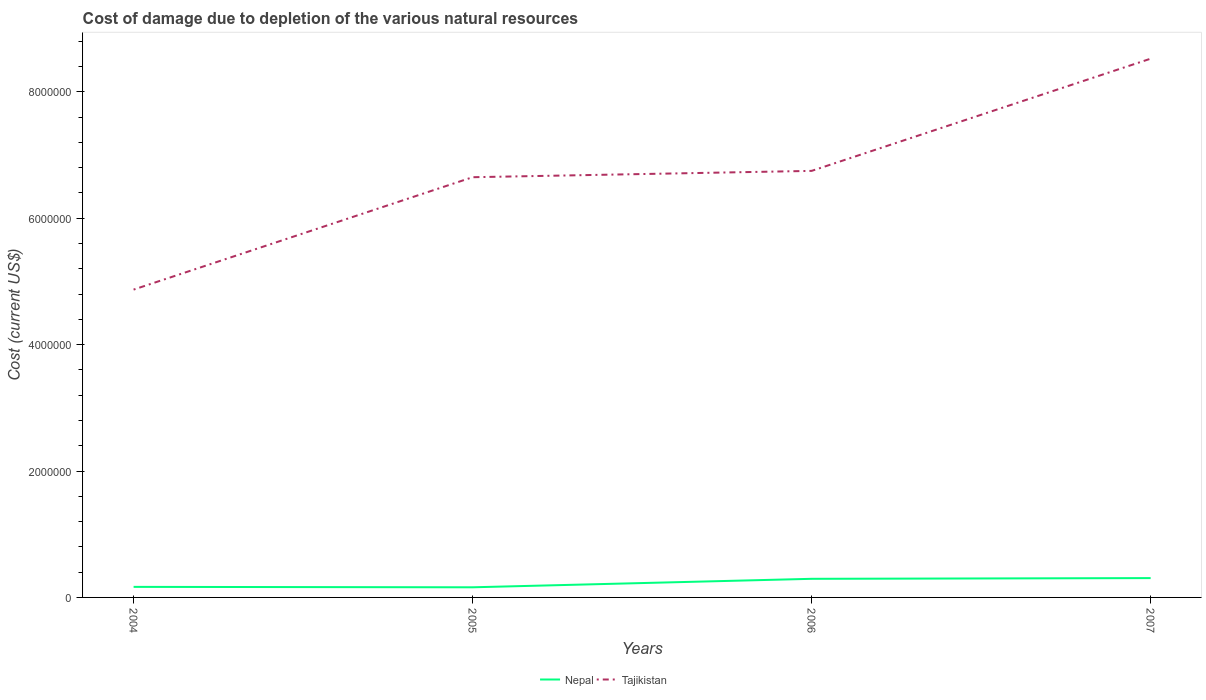
| Years | Nepal | Tajikistan |
 | --- | --- | --- |
 | 2004 | 1.67e+05 | 4.87e+06 |
 | 2005 | 1.6e+05 | 6.65e+06 |
 | 2006 | 2.95e+05 | 6.75e+06 |
 | 2007 | 3.06e+05 | 8.52e+06 |